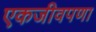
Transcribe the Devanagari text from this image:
एकजीवपणा